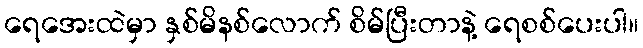
ရေအေးထဲမှာ နှစ်မိနစ်လောက် စိမ်ပြီးတာနဲ့ ရေစစ်ပေးပါ။